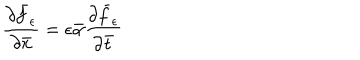
\frac { \partial \bar { f } _ { \epsilon } } { \partial \bar { x } } = \epsilon \bar { \alpha } \frac { \partial \bar { f } _ { \epsilon } } { \partial \bar { t } }